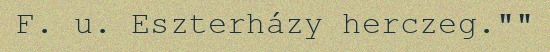
F. u. Eszterházy herczeg.""